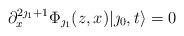
LaTeX: \begin{align*}\partial_x^{2\jmath_1+1} \Phi_{\jmath_1}(z,x)|\jmath_0,t\rangle =0\end{align*}